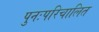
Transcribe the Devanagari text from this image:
पुनःपरिचालित